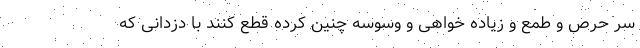
سر حرص و طمع و زیاده خواهی و وسوسه چنین کرده قطع کنند با دزدانی که